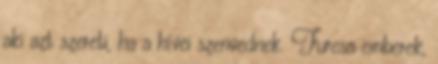
aki azt szereti, ha a hívei szenvednek. Furcsa emberek,